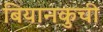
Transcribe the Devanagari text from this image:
बियानकुची